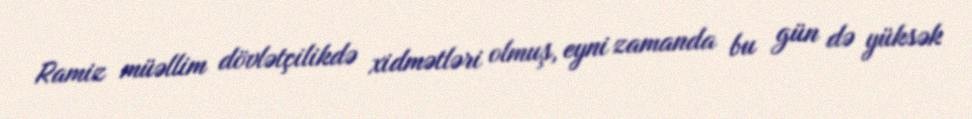
Ramiz müəllim dövlətçilikdə xidmətləri olmuş, eyni zamanda bu gün də yüksək